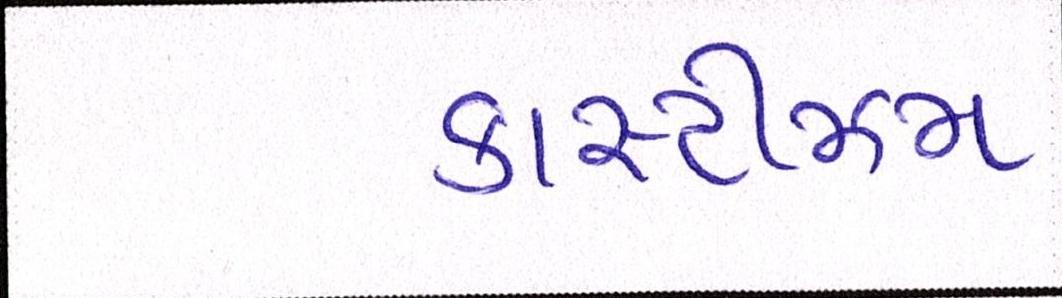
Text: કાસ્ટીઝમ